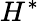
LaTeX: H^{*}